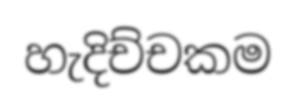
හැදිච්චකම